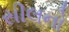
સીલનો